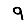
Digit: 9